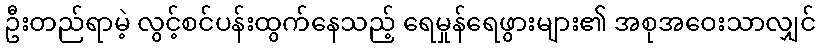
ဦးတည်ရာမဲ့ လွင့်စင်ပန်းထွက်နေသည့် ရေမှုန်ရေဖွားများ၏ အစုအဝေးသာလျှင်